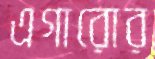
এগারোর